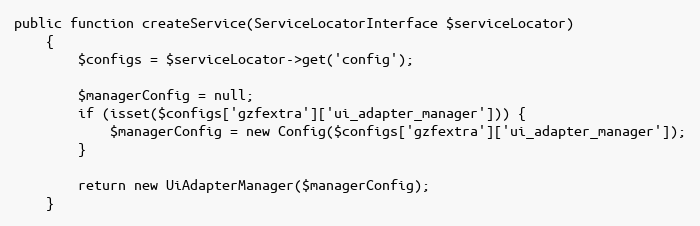
Language: PHP
public function createService(ServiceLocatorInterface $serviceLocator)
    {
        $configs = $serviceLocator->get('config');

        $managerConfig = null;
        if (isset($configs['gzfextra']['ui_adapter_manager'])) {
            $managerConfig = new Config($configs['gzfextra']['ui_adapter_manager']);
        }

        return new UiAdapterManager($managerConfig);
    }